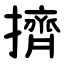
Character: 擠